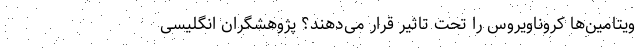
ویتامین‌ها کروناویروس را تحت تاثیر قرار می‌دهند؟ پژوهشگران انگلیسی